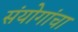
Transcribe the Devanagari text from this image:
संयोगांचा